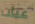
عيان